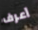
أعرف